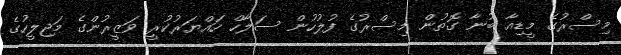
މިސްރުގެ މީޑިއާ ބުނާ ގޮތުން މިސްރުގެ ފުލުހުން ސަލާހް ހައްޔަރުކުރީ ވަޒީރުންގެ މަޖިލީހުގެ